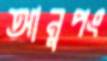
আনুপং